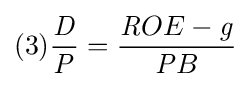
(3){\frac {\mathit {D}}{\mathit {P}}}={\frac {{\mathit {R}}OE-{\mathit {g}}}{{\mathit {P}}B}}